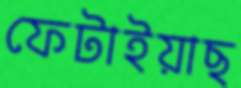
ফেটাইয়াছ